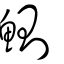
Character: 鰂